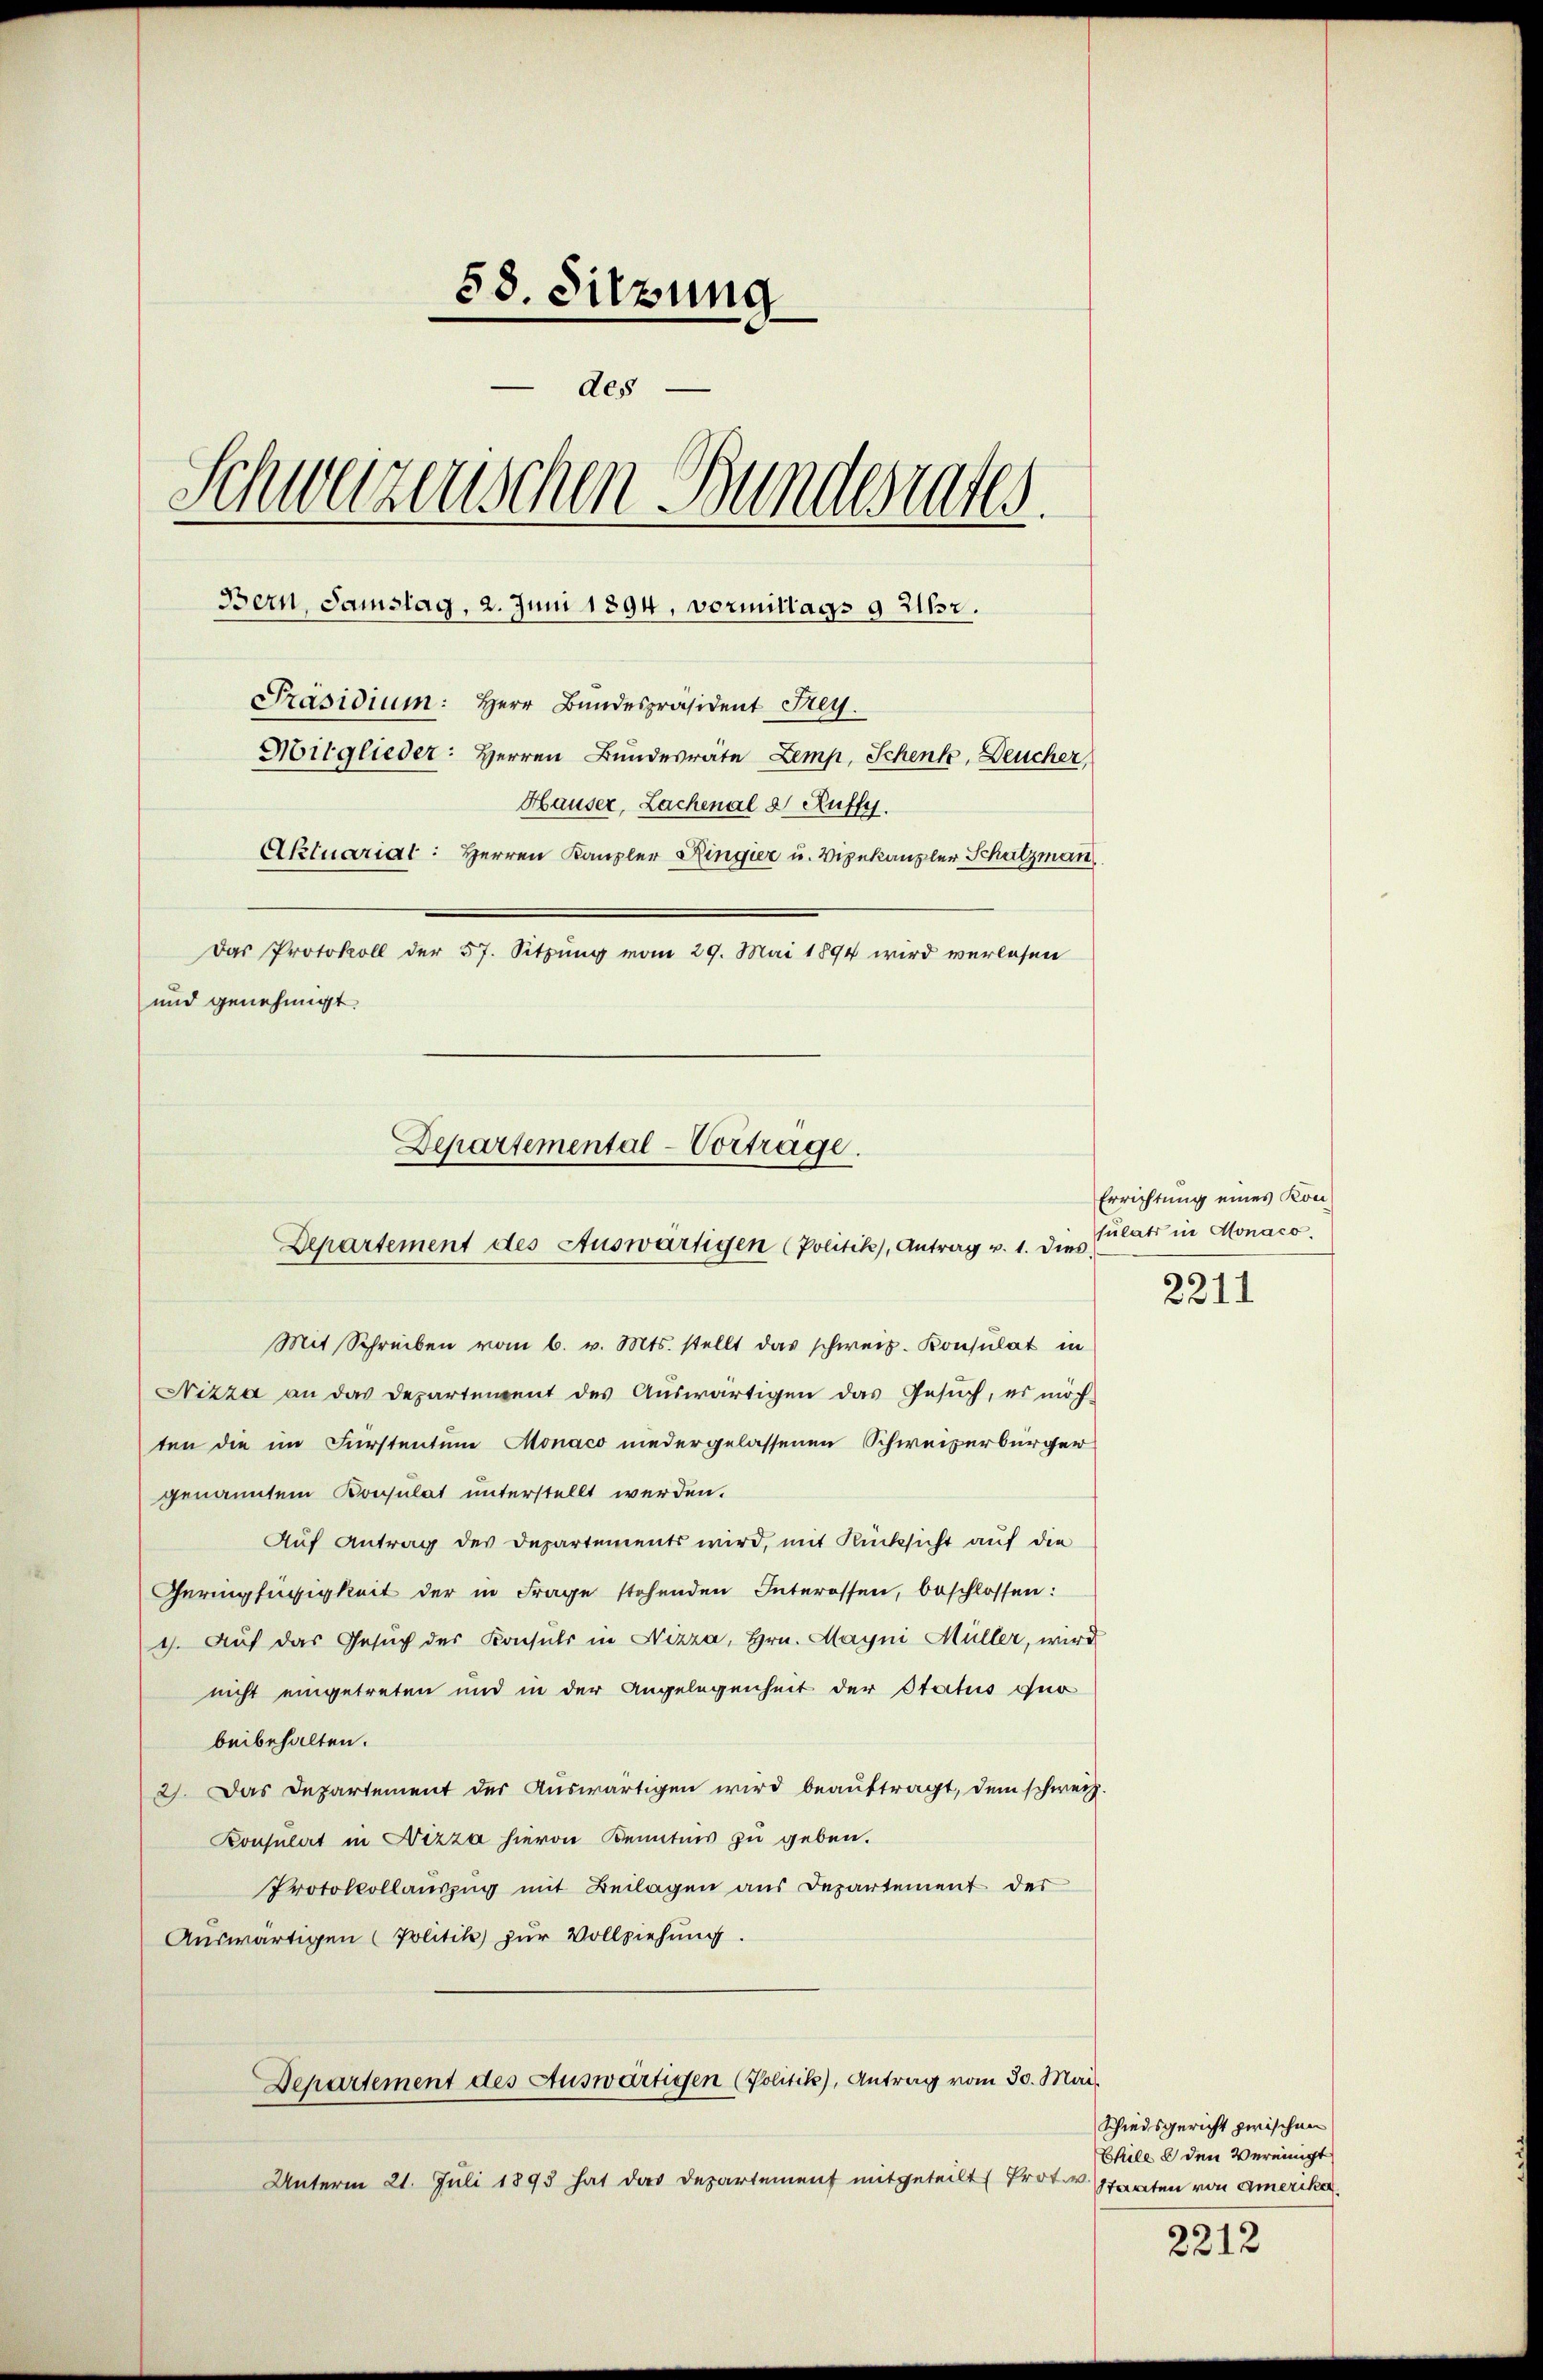
58. Sitzung
des
Schweizenschen Bundesrates
Bern, Samstag, 2. Juni 1894. Vormittags 9 21632.
Präsidium: Herr Bundespräsident Frey.
Mitglieder: Herren Bundesräte Zemp, Schenk, Deucher,
Hauser, Lachenal & Ruff.
Aktuariat: Herren Kanzler Ringier u. Vizekanzler Schatzmann
Das Protokoll der 57. Sitzung vom 29. Mai 1894 wird verlesen
und genehmigt.

Departemental-Vortrage.
Departement des Auswärtigen (Politik, Antrag v. 1. dies

Mit Schreiben vom 6. v. Mts. stellt das schweiz. Konsulat in
Nizza an das Departement des Auswärtigen das Gesuch, es möch-
ten die im Fürstentum Monaco niedergelassenen Schweizerbürger
genanntem Konsulat unterstellt werden.
Auf Antrag des Departements wird, mit Rücksicht auf die
Geringfügigkeit der in Frage stehenden Interossen, beschlossen:
1). Auf das Gesuch des Konsuls in Nizza, Hrn. Mayni Müller, wird
nicht eingetreten und in der Angelegenheit der Status quo
beibehalten.
2). Das Departement der Auswärtigen wird beaŭftragt, dem schweiz.
Konsulat in Nizza hievon Kenntnis zu geben.
Protokollauszug mit Beilagen aus Departement der
Auswärtigen (Politik zur Vollziehung.
Departement des Auswärtigen (Politik), Antrag vom 30. Mai.
Unterm 21. Juli 1893 hat das Departement mitgeteilt Prot. v. Starten von Amerika

Errichtung eines Kon-
sulats in Monaco.
2211

Schiedsgericht zwischen
Chile u den Vereinigt

2212